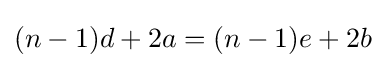
(n-1)d+2a=(n-1)e+2b